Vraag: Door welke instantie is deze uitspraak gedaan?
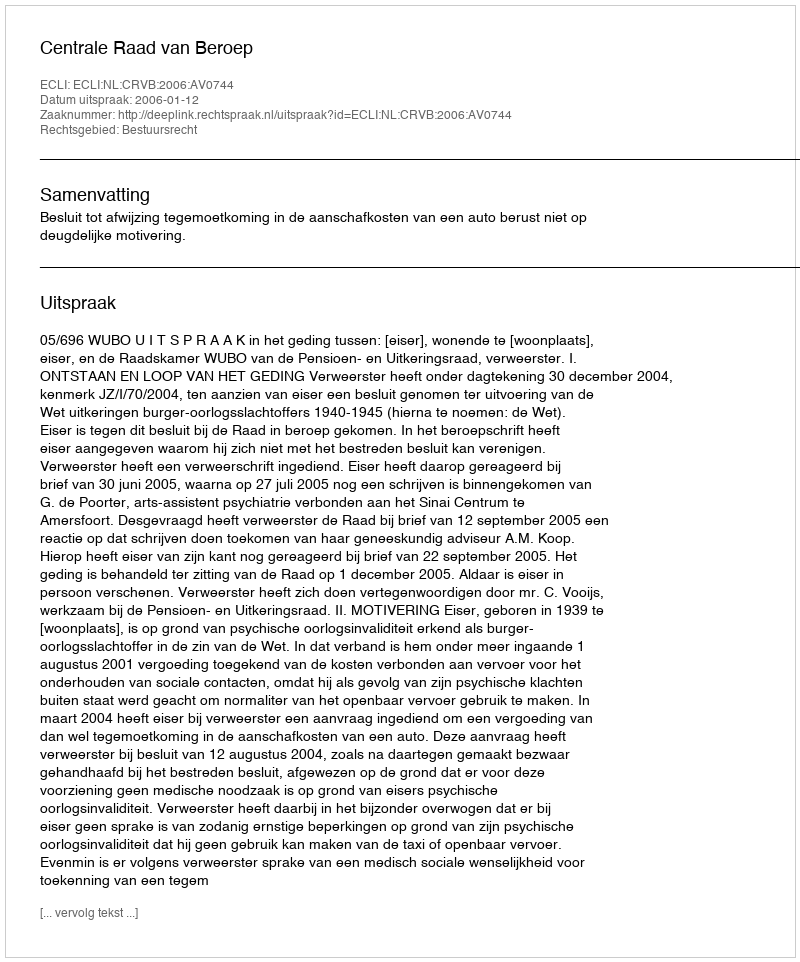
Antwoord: Centrale Raad van Beroep